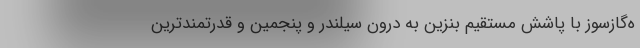
ه‌گازسوز با پاشش مستقیم بنزین به درون سیلندر و پنجمین و قدرتمندترین